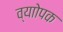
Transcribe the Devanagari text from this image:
व्याोपक